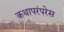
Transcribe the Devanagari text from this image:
कथापरंपरेस